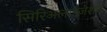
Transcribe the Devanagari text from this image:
सिरिअलाईजेशन